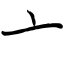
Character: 亠